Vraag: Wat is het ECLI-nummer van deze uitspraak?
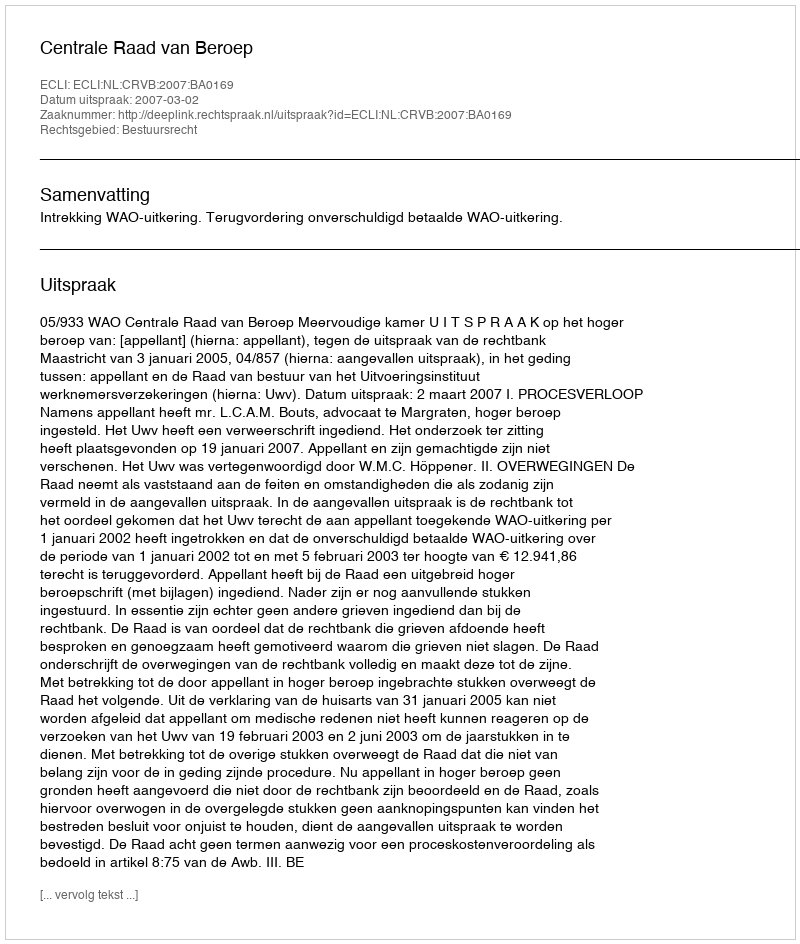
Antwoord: ECLI:NL:CRVB:2007:BA0169